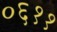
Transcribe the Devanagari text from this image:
०६११